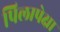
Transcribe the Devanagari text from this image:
पिलापेक्षा